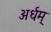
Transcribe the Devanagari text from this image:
अर्धम्